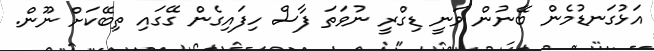
އަޅުގަނޑުމެން ބޭނުން ވަނީ ޑިގްރީ ނުވަތަ ފާސް ހިފައިގެން ގޭގައި ތިބޭކަށް ނޫން.